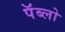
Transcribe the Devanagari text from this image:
पॅब्लो